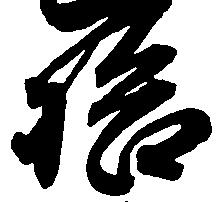
拾